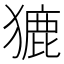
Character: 𤡊